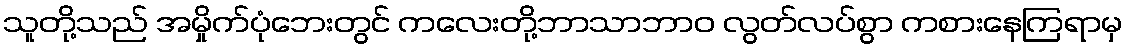
သူတို့သည် အမှိုက်ပုံဘေးတွင် ကလေးတို့ဘာသာဘာဝ လွတ်လပ်စွာ ကစားနေကြရာမှ